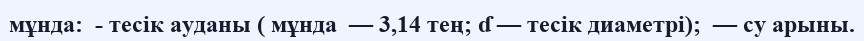
мұнда:  - тесік ауданы ( мұнда  — 3,14 тең; ɗ — тесік диаметрі);  — су арыны.